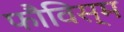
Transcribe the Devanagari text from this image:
फौविस्म